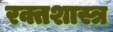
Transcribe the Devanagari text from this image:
रक्तशास्त्र